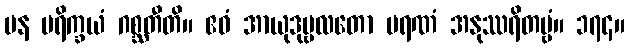
ပန ပရိက္ခယံ ဂစ္ဆတီတိ။ ဧဝံ အာယုဒုဗ္ဗလတော မရဏံ အနုဿရိတဗ္ဗံ။ ၁၇၄။